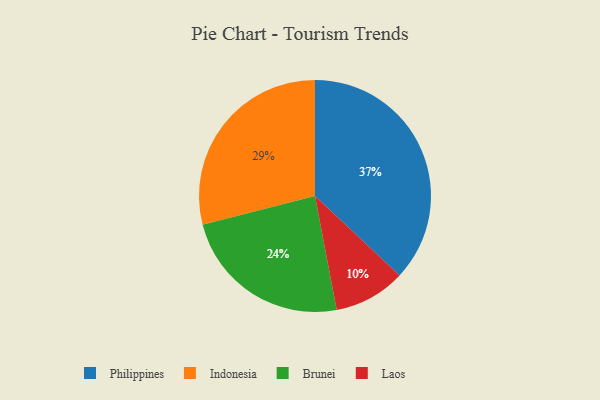
{"axis": {"x": "Category", "y": "Percentage"}, "legend": ["Brunei", "Indonesia", "Laos", "Philippines"], "data": [{"x": "Indonesia", "y": 29, "type": "Indonesia"}, {"x": "Brunei", "y": 24, "type": "Brunei"}, {"x": "Laos", "y": 10, "type": "Laos"}, {"x": "Philippines", "y": 37, "type": "Philippines"}]}